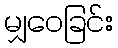
မျှဝေခြင်း